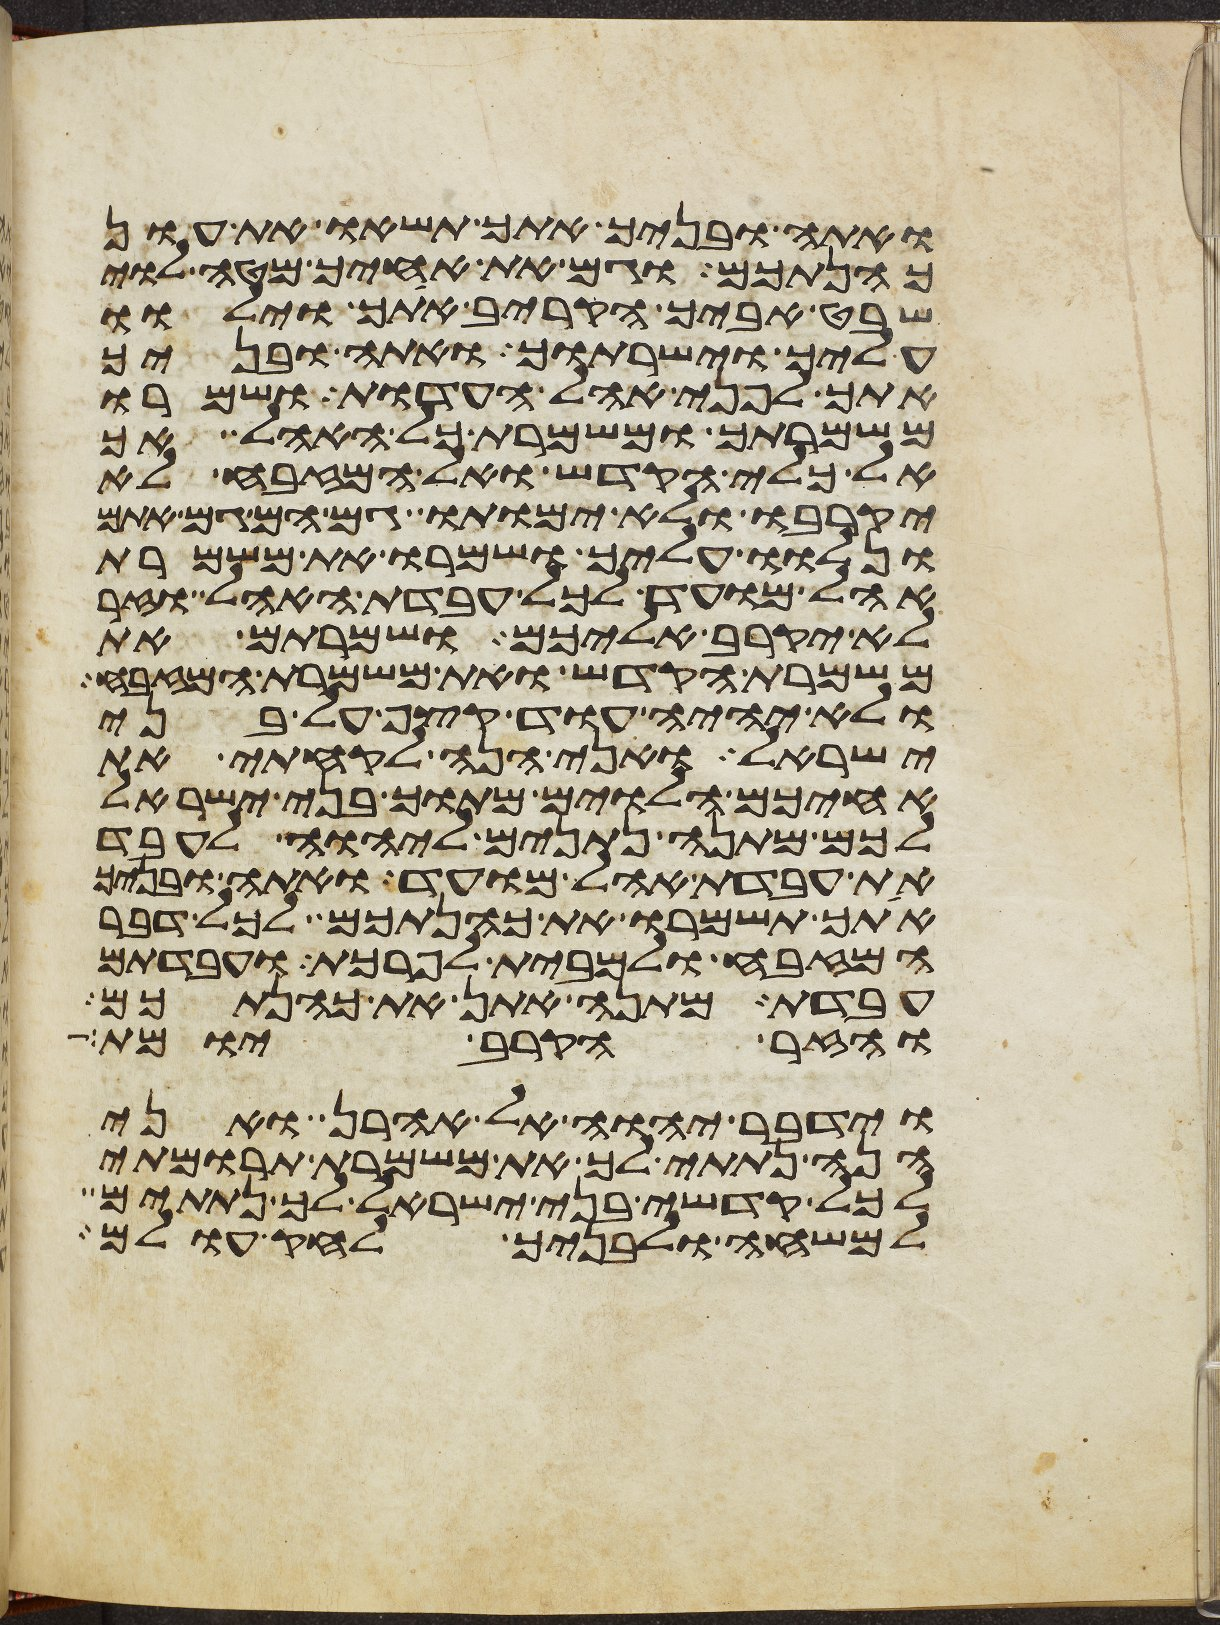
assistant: ואתה ובניך אתך תשאו את עון
כהנתכם וגם את אחיך מטה לוי
שבט אביך הקריב אתך וילוו
עליך וישרתוך ואתה ובניך
אתך לפני אהל העדות ושמרו
משמרתך ומשמרת כל האהל אך
אל כלי הקדש ואל המזבח לא
יקרבו ולא ימותו גם הם גם אתם
ונלוו עליך ושמרו את משמרת
אהל מועד לכל עבדת האהל וזר
לא יקרב אליכם ושמרתם את
משמרת הקדש ואת משמרת המזבח
ולא יהיה עוד קצף על בני
ישראל ואני הנה לקחתי את
אחיכם הלוים מתוך בני ישראל
לכם מתנה נתנים ליהוה לעבד
את עבדת אהל מועד ואתה ובניך
אתך תשמרו את כהנתכם לכל דבר
המזבח ולמבית לפרכת ועבדתם
עבדת מתנה אתן את כהנתכם
והזר הקרב יומת
וידבר יהוה אל אהרן ואני
הנה נתתי לך את משמרת תרומתי
לכל קדשי בני ישראל לך נתתים
למשחה ולבניך לחק עולם